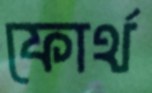
ফোর্থ